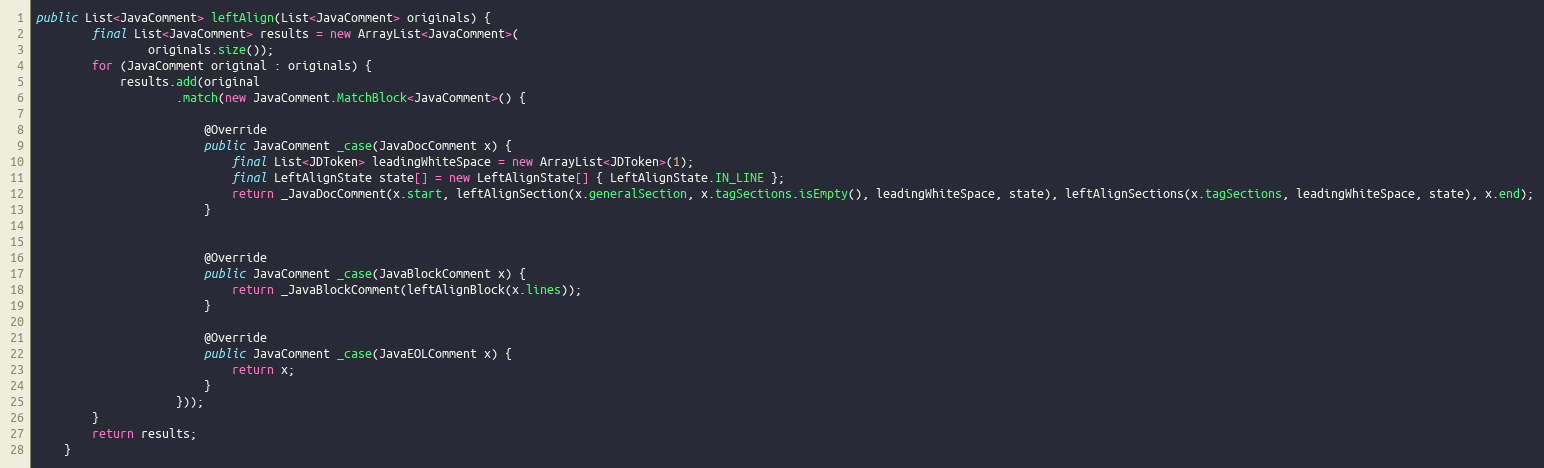
Language: Java
public List<JavaComment> leftAlign(List<JavaComment> originals) {
        final List<JavaComment> results = new ArrayList<JavaComment>(
                originals.size());
        for (JavaComment original : originals) {
            results.add(original
                    .match(new JavaComment.MatchBlock<JavaComment>() {

                        @Override
                        public JavaComment _case(JavaDocComment x) {
                            final List<JDToken> leadingWhiteSpace = new ArrayList<JDToken>(1);
                            final LeftAlignState state[] = new LeftAlignState[] { LeftAlignState.IN_LINE };
                            return _JavaDocComment(x.start, leftAlignSection(x.generalSection, x.tagSections.isEmpty(), leadingWhiteSpace, state), leftAlignSections(x.tagSections, leadingWhiteSpace, state), x.end);
                        }

                        @Override
                        public JavaComment _case(JavaBlockComment x) {
                            return _JavaBlockComment(leftAlignBlock(x.lines));
                        }

                        @Override
                        public JavaComment _case(JavaEOLComment x) {
                            return x;
                        }
                    }));
        }
        return results;
    }